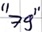
Text: "79"